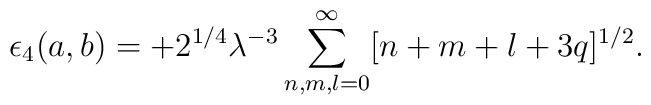
\epsilon_4(a,b)=+2^{1/4}\lambda^{-3} \sum_{n,m,l=0}^{\infty}[n+m+l+3q]^{1/2}.